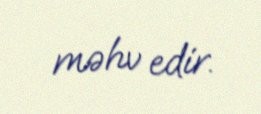
məhv edir.